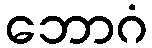
ဘောဂံ